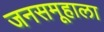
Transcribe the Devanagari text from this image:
जनसमूहाला